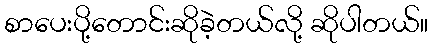
စာပေးပို့တောင်းဆိုခဲ့တယ်လို့ ဆိုပါတယ်။